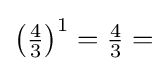
\left({\tfrac {4}{3}}\right)^{1}={\tfrac {4}{3}}=